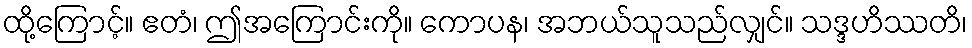
ထို့ကြောင့်။ ဧတံ၊ ဤအကြောင်းကို။ ကောပန၊ အဘယ်သူသည်လျှင်။ သဒ္ဒဟိဿတိ၊